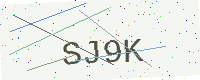
Text: SJ9K